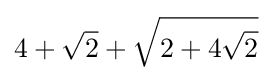
4+{\sqrt {2}}+{\sqrt {2+4{\sqrt {2}}}}